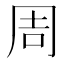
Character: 周